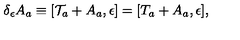
\delta _ { \epsilon } A _ { a } \equiv [ { \cal T } _ { a } + A _ { a } , \epsilon ] = [ T _ { a } + A _ { a } , \epsilon ] ,